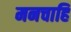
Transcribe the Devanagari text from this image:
मनचाहि